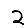
Digit: 2